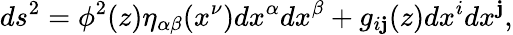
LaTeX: ds^{2}=\phi^{2}(z)\eta_{\alpha\beta}(x^{\nu})dx^{\alpha}dx^{\beta}+g_{i\mathbf{j}}(z)dx^{i}dx^{\mathbf{j}},